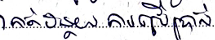
កាត់បន្ថយការប្រើប្រាស់